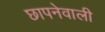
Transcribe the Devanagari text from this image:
छापनेवाली